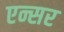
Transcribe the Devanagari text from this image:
एन्सर